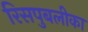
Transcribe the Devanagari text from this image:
रिसपुबलीका